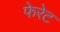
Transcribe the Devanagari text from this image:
फेरेट